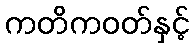
ကတိကဝတ်နှင့်